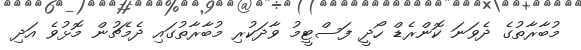
މުބާރާތުގެ ދެވަނަ ކޮންރެޑް ހޯދީ ފަސްޓީމު ވާދަކުރި މުބާރާތުގައި ދެމެޗުން މޮޅުވެ އަދި